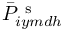
\bar { P } _ { i y m d h } ^ { \mathrm { ~ s ~ } }